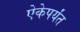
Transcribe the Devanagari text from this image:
ऐकेपर्यंत